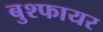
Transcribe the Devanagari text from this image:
बुश्फायर